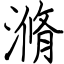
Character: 滫